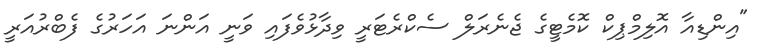
"އިންޑިއާ އޮލިމްޕިކް ކޮމެޓީގެ ޖެނެރަލް ސެކްރެޓަރީ ވިދާޅުވެފައި ވަނީ އަންނަ އަހަރުގެ ފެބްރުއަރީ